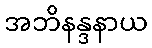
အဘိနန္ဒနာယ